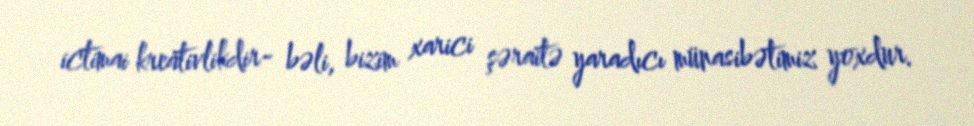
ictimai kreativlikdir- bəli, bizim xarici şəraitə yaradıcı münasibətimiz yoxdur.